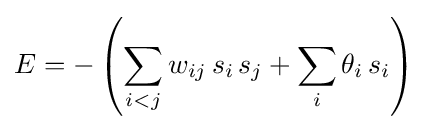
E=-\left(\sum _{i<j}w_{ij}\,s_{i}\,s_{j}+\sum _{i}\theta _{i}\,s_{i}\right)